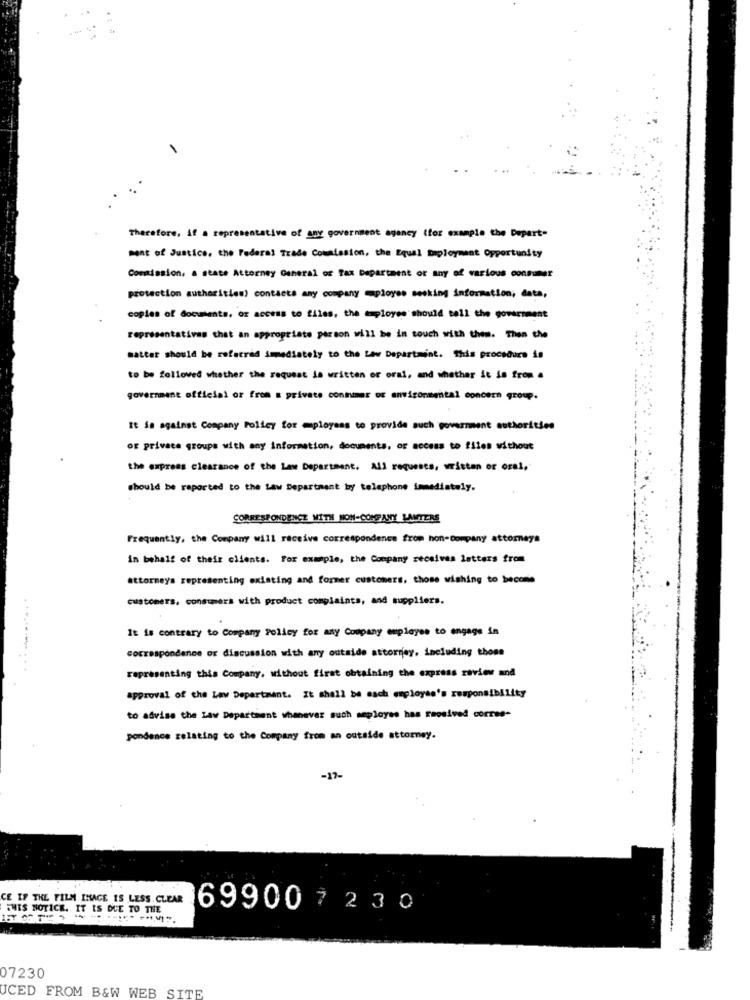
Therefore, if a representative of any government agency (for example the Depart"
Ment of Justice, the Federal Trade Commission, the Equal Employment Opportunity
Commission, a state Attorney General of Tax Department of any of various consumer
protection authorities) contacts any company mployes seeking information, data,
copies of documents, or access to files, the employee should tell the government
representativas that an appropriate parson will be in touch with them. Then the
matter should be referred immediately to the Law Departmint. This procedure is
to be followed whether the request is written or oral, and whether it is from a
government official or from a private coninimar of environmental concern group.
It Sa against Company Policy for mployans to provide such government authorities
or private groups with any information, documents, or access to files without
the express clearance of the Law Department. All requests, written or oral,
should be reported to the Law Department by telephone immediately.
CORRESPONDENCZ WITH NON-COMPANY LAUTERS
Frequently, the Company will receive correspondence from non-company attorneys
in behalf of their clients. For example, the Company receives letters from
attorneys representing existing and former customers, those wishing to become
customers, consumers with product complaints, and suppliers.
It is contrary to Company Policy for any Company employee to engage in
correspondence or discussion with any outside attorney, including those
representing this Company, without first obtaining the express review and
approval of the Law Department. It shall be sach employee's responsibility
to advise the Law Department whenever such seployse has received corres-
pondance relating to the Company from an outside attorney.
-17-
CE IF THE FILM IMAGE IS LESS. CLEAR
THIS NOTICE. IT IS DUE TO THE
699007 230
07230
UCED FROM B&W WEB SITE